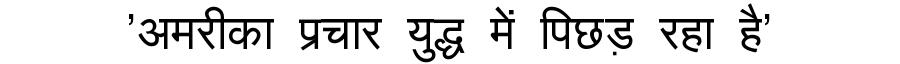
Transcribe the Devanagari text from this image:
'अमरीका प्रचार युद्ध में पिछड़ रहा है'